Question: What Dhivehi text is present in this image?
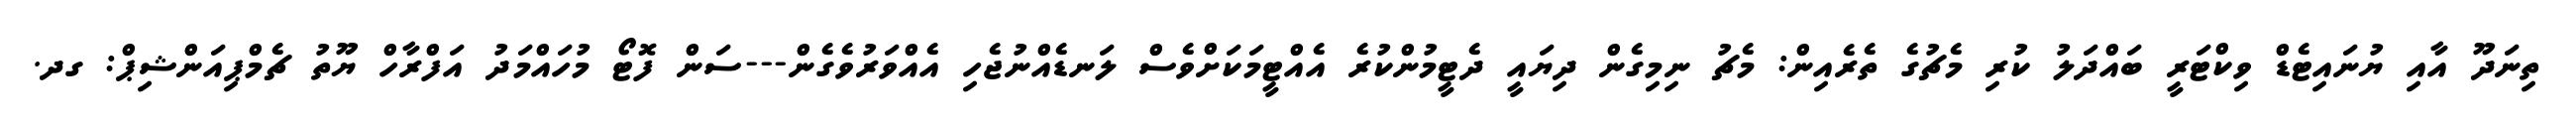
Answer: ތިނަދޫ އާއި ޔުނައިޓެޑް ވިކްޓަރީ ބައްދަލު ކުރި މެޗުގެ ތެރެއިން: މެޗު ނިމިގެން ދިޔައީ ދެޓީމުންކުރެ އެއްޓީމަކަށްވެސް ލަނޑެއްނުޖެހި އެއްވަރުވެގެން---ސަން ފޮޓޯ މުހައްމަދު އަފްރާހް ޔޫތު ޗެމްޕިއަންޝިޕް: ގދ.